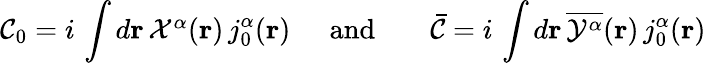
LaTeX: {\cal C}_{0}=i\, \int d{\mathbf{r}}\, {\textstyle{\cal X}^{\alpha}}({\mathbf r})\, j_{0}^{\alpha}({\mathbf r})\; \; \; \; \; \mathrm{and}\; \; \; \; \; \; \; {\bar{\cal C}}=i\, \int d{\mathbf{r}}\, \overline{{{{\cal Y}^{\alpha}}}}({\mathbf r})\, j_{0}^{\alpha}({\mathbf r})